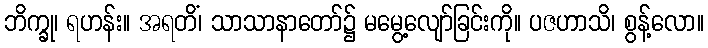
ဘိက္ခု၊ ရဟန်း။ အရတိံ၊ သာသာနာတော်၌ မမွေ့လျော်ခြင်းကို။ ပဇဟာသိ၊ စွန့်လော။